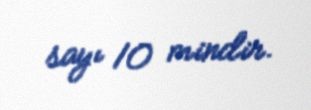
sayı 10 mindir.